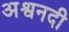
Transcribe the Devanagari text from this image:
अश्वनदी